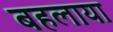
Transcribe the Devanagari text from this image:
बहलाया